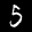
Label: 5